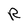
Character: R